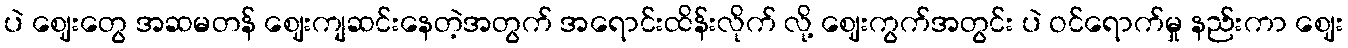
ပဲ ဈေးတွေ အဆမတန် ဈေးကျဆင်းနေတဲ့အတွက် အရောင်းထိန်းလိုက် လို့ ဈေးကွက်အတွင်း ပဲ ဝင်ရောက်မှု နည်းကာ ဈေး